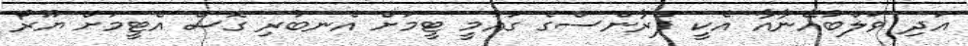
އަދި ވަލްބުއޭނާއާ އެކީ ފްރާންސްގެ ގައުމީ ޓީމަށް އެނބުރި ގޮސް އެޓީމަށް ޔޫރޯ